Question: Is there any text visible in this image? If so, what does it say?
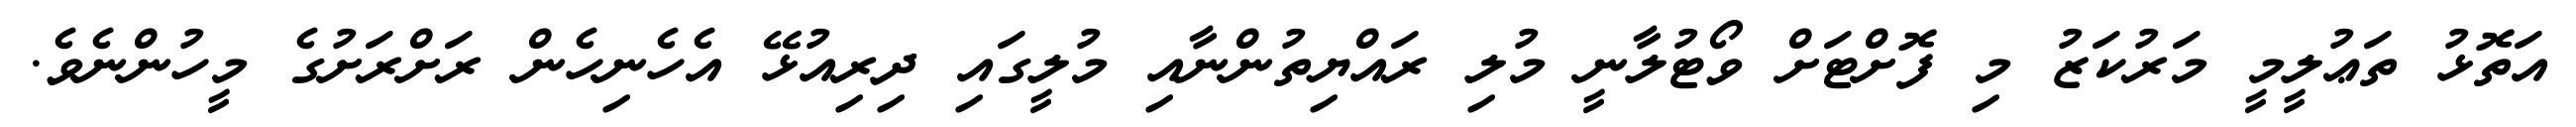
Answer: އަތޮޅު ތަޢުލީމީ މަރުކަޒު މި ފޮށްޓަށް ވޯޓުލާނީ މުލި ރައްޔިތުންނާއި މުލީގައި ދިރިއުޅޭ އެހެނިހެން ރަށްރަށުގެ މީހުންނެވެ.